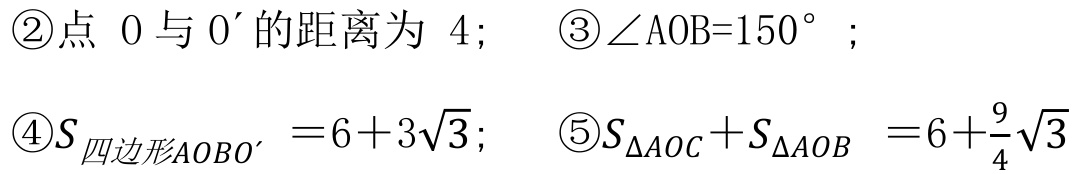
\textcircled{2}点 \(O\) 与 \(O'\) 的距离为 \(4\); \textcircled{3}\(\angle AOB = 150^{\circ}\);
\textcircled{4} \(S_{四边形AOBO'} = 6 + 3\sqrt{3}\); \textcircled{5} \(S_{\triangle AOC}+S_{\triangle AOB}=6+\frac{9}{4}\sqrt{3}\)